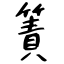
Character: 簀